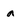
Character: a